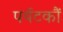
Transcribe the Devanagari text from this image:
पर्यटकौं